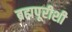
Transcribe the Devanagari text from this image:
ब्रह्मपूरीशी